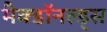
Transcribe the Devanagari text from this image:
मैक्डॉनल्ड्स